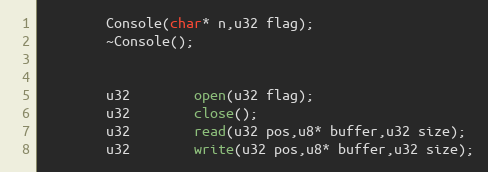
Language: C
		Console(char* n,u32 flag);
		~Console();

		u32		open(u32 flag);
		u32		close();
		u32		read(u32 pos,u8* buffer,u32 size);
		u32		write(u32 pos,u8* buffer,u32 size);